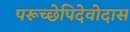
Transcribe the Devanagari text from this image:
परूच्छेपिदेवोदास